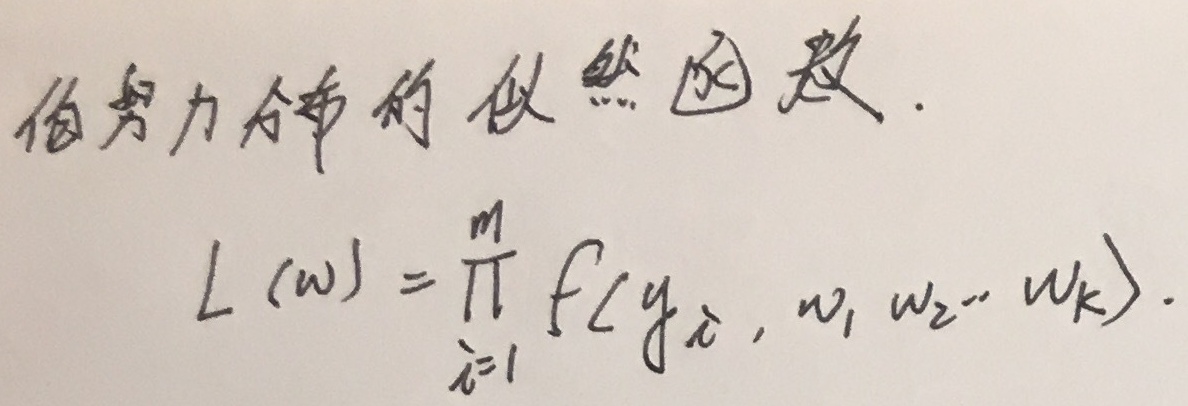
设伯努利分布中，\(y_i\) 取值为 \(0\) 或 \(1\)，概率质量函数为 \(f(y_i; w) = w^{y_i}(1 - w)^{1 - y_i}\)，其中 \(w\) 是成功的概率。

似然函数为：
\[L(w)=\prod_{i = 1}^{m}f(y_{i};w)\]